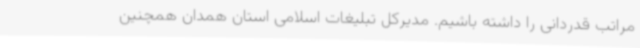
مراتب قدردانی را داشته باشیم. مدیرکل تبلیغات اسلامی استان همدان همچنین